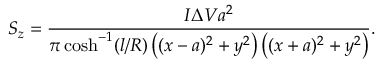
S _ { z } = \frac { I \Delta V a ^ { 2 } } { \pi \cosh ^ { - 1 } ( l / R ) \left( ( x - a ) ^ { 2 } + y ^ { 2 } \right) \left( ( x + a ) ^ { 2 } + y ^ { 2 } \right) } .